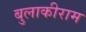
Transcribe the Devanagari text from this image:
बुलाकीराम